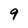
Character: 9